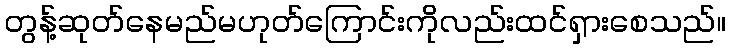
တွန့်ဆုတ်နေမည်မဟုတ်ကြောင်းကိုလည်းထင်ရှားစေသည်။